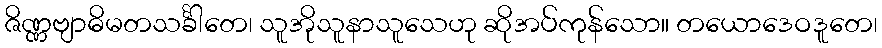
ဇိဏ္ဏဗျာဓိမတသင်္ခါတေ၊ သူအိုသူနာသူသေဟု ဆိုအပ်ကုန်သော။ တယောဒေဝဒူတေ၊